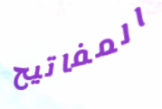
المفاتيح